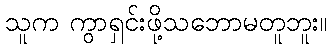
သူက ကွာရှင်းဖို့သဘောမတူဘူး။